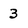
Character: 3